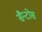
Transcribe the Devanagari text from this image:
सैन्टोस